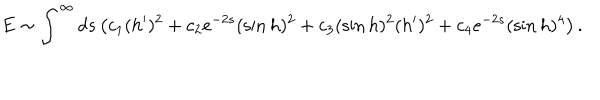
LaTeX: E \sim \int ^ { \infty } d s \left( c _ { 1 } ( h ^ { \prime } ) ^ { 2 } + c _ { 2 } e ^ { - 2 s } ( \sin h ) ^ { 2 } + c _ { 3 } ( \sin h ) ^ { 2 } ( h ^ { \prime } ) ^ { 2 } + c _ { 4 } e ^ { - 2 s } ( \sin h ) ^ { 4 } \right) .